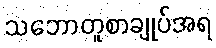
သဘောတူစာချုပ်အရ